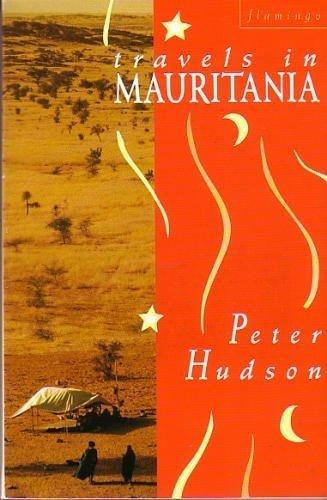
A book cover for Travels in Mauritania (Flamingo); Peter Hudson; Travel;